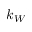
k _ { W }